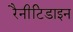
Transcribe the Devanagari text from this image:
रैनीटिडाइन